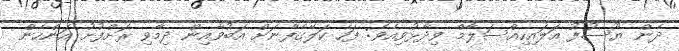
ދެން ޔޫސުފު ޢަލައިހިއްސަލާމް ވިދާޅުވިއެވެ: ފަހެ ކަލޭގެފާނަށް އަބުވާއިން ދިމާވި ރަށްފުށު އަންހެން